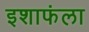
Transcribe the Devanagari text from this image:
इशाफंला